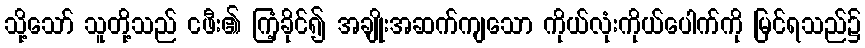
သို့သော် သူတို့သည် ငဖီး၏ ကြံ့ခိုင်၍ အချိုးအဆက်ကျသော ကိုယ်လုံးကိုယ်ပေါက်ကို မြင်ရသည်၌